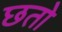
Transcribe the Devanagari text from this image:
छतो